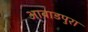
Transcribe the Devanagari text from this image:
आबाडपुरा